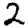
Digit: 2